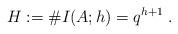
LaTeX: \begin{align*}H:=\#I(A;h) =q^{h+1} \;.\end{align*}